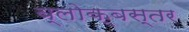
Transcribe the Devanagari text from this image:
ब्लोक्बस्तर